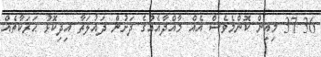
36 37 މިއިން ކޮންމެވެސް އެއް މާއްދާއެއްގެ ދަށުން ދައުލަތާ އިދިކޮޅު ޙަރަކާތެއް